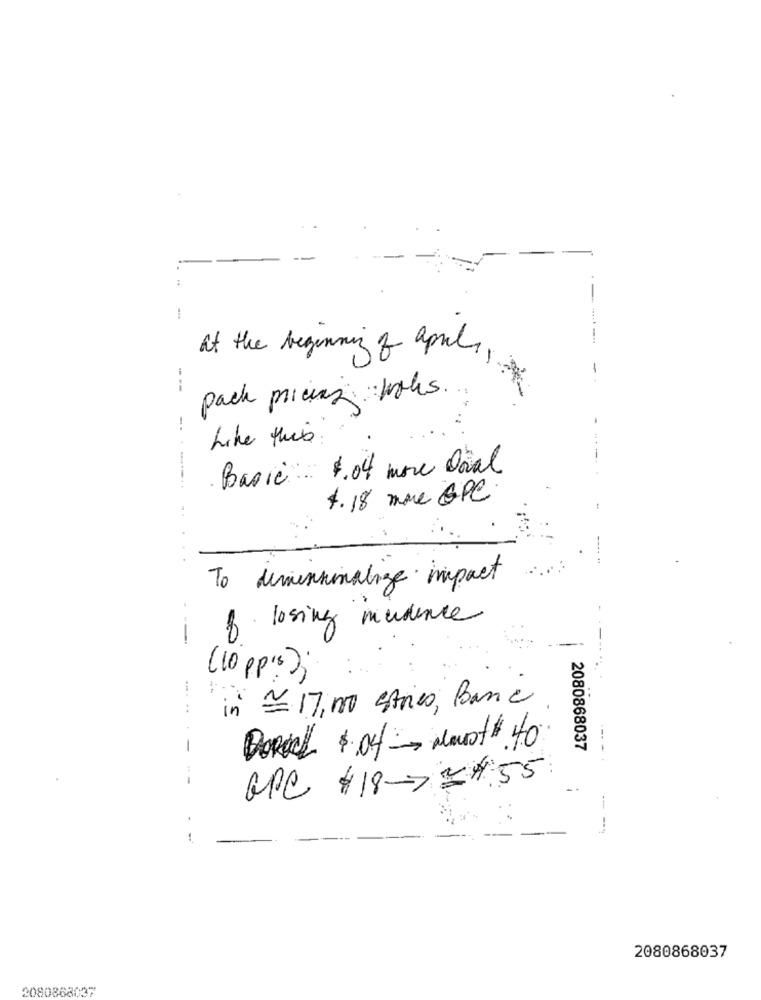
:
---
at the beginning of april,
-
---
pack pricing takes ...
-.
Like this :
Basic $.04 more Doal
--.
4. 18 more &PC
To deminchinalige impact
of losing mudence
- --
(10 pp.5);
in - 17,000 estries, Banc
..
-
DeReck $ 04- Mount# 40
2080868037
GPC #18#55
- --
2080868037
2080868037